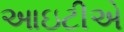
આઇટીએ